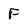
Character: F